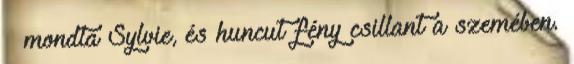
– mondta Sylvie, és huncut fény csillant a szemében.